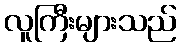
လူကြီးများသည်